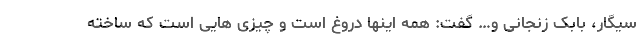
سیگار، بابک زنجانی و… گفت: همه اینها دروغ است و چیزی هایی است که ساخته